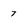
Character: 7